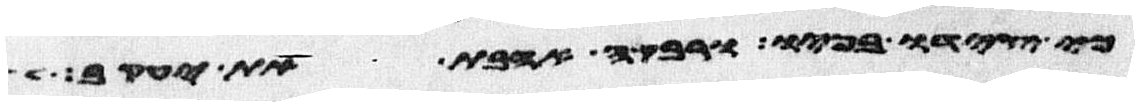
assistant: כי צידו בפיו ורבקה אהבת את יעקב